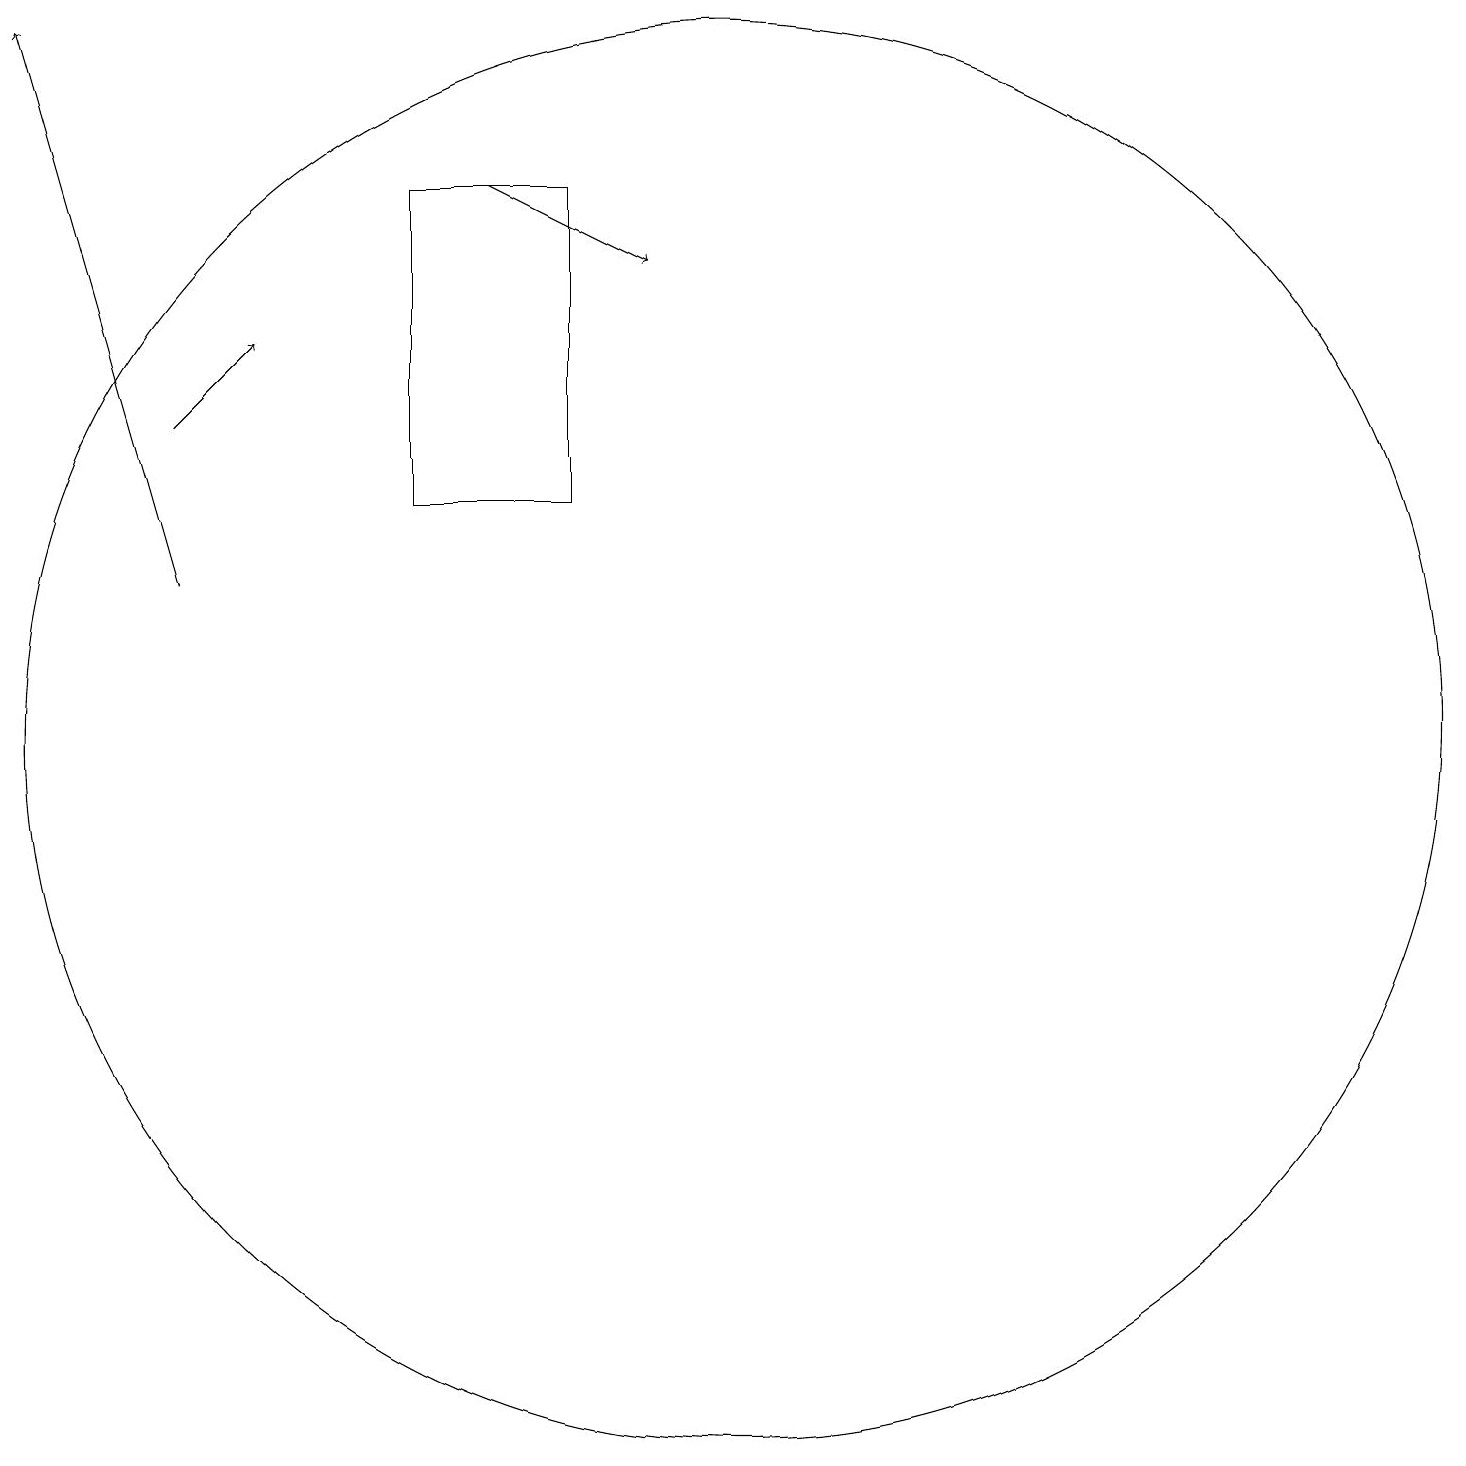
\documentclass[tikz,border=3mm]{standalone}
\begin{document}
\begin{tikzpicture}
\draw (6,17) rectangle (8,13);
\draw (10,10) circle (9);
\draw[->] (3,14) -- (4,15);
\draw[->] (7,17) -- (9,16);
\draw[->] (3,12) -- (1,19);
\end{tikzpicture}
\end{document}